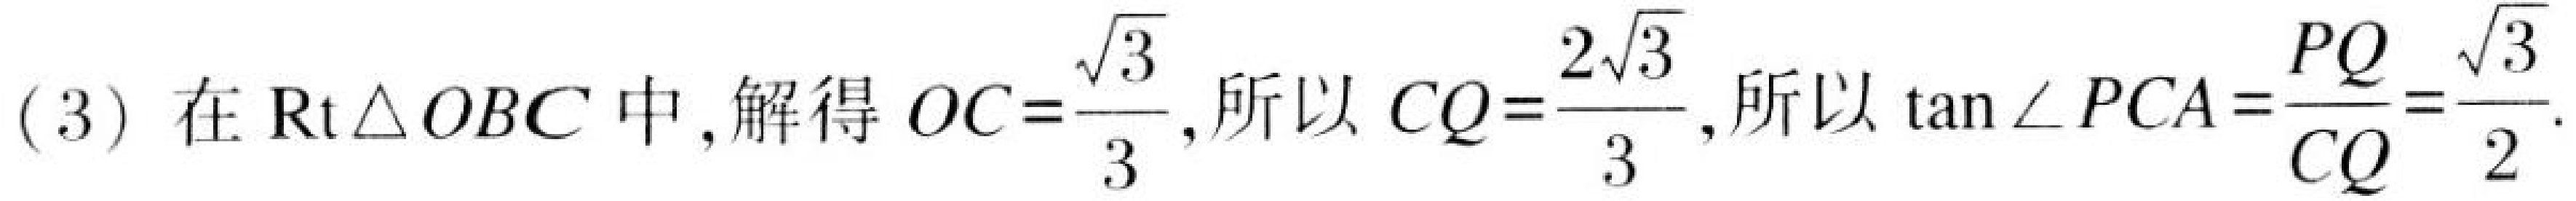
(3) 在$\mathrm{Rt}\triangle OBC$中, 解得$OC = \dfrac{\sqrt{3}}{3}$, 所以$CQ = \dfrac{2\sqrt{3}}{3}$, 所以$\tan\angle PCA=\dfrac{PQ}{CQ}=\dfrac{\sqrt{3}}{2}$.